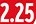
2.25